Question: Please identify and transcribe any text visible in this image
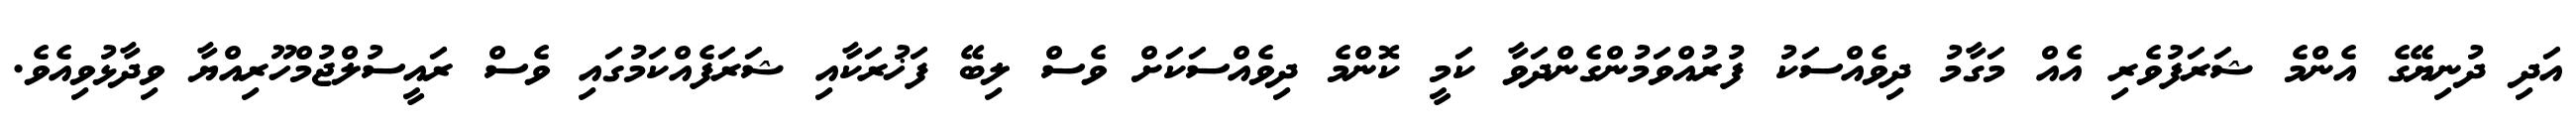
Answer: އަދި ދުނިޔޭގެ އެންމެ ޝަރަފުވެރި އެއް މަގާމު ދިވެއްސަކު ފުރުއްވަމުންގެންދަވާ ކަމީ ކޮންމެ ދިވެއްސަކަށް ވެސް ލިބޭ ފަޚުރަކާއި ޝަރަފެއްކަމުގައި ވެސް ރައީސުލްޖުމްހޫރިއްޔާ ވިދާޅުވިއެވެ.